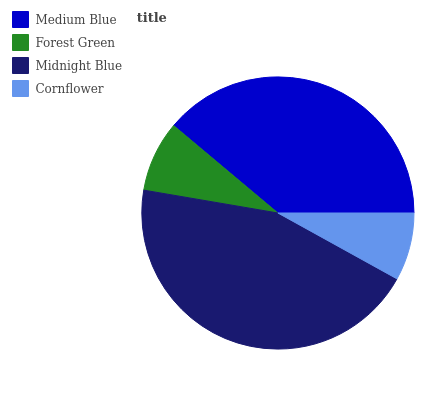
| Medium Blue | Forest Green | Midnight Blue | Cornflower |
 | --- | --- | --- | --- |
 | 38.8% | 8.42% | 44.7% | 8.04% |